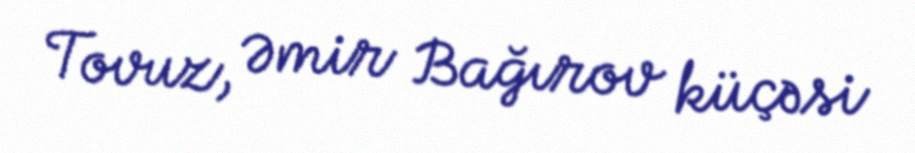
Tovuz, Əmir Bağırov küçəsi